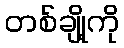
တစ်ချို့ကို